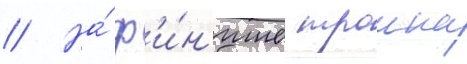
// На́ ф'и́н'ише троика